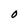
Character: O